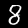
Label: 8